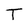
Character: T